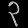
Digit: ၃